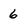
Character: 6